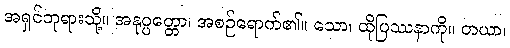
အရှင်ဘုရားသို့။ အနုပ္ပတ္တော၊ အစဉ်ရောက်၏။ သော၊ ထိုပြဿနာကို။ တယာ၊